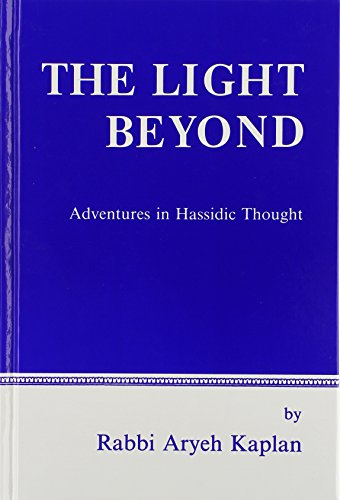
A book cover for The Light Beyond: Adventures in Hassidic Thought; Aryeh Kaplan; Religion & Spirituality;